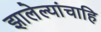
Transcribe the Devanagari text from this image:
झालेल्यांचाहि